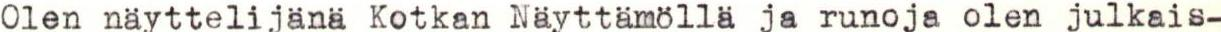
Olen näyttelijänä Kotkan Näyttämöllä ja runoja olen julkais-